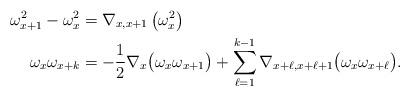
LaTeX: \begin{align*}\omega_{x+1}^2 - \omega_x^2 &= \nabla_{x,x+1} \left(\omega_x^2\right) \\\omega_x\omega_{x+k} & = -\frac{1}{2}\nabla_x\big(\omega_x\omega_{x+1} \big)+\sum_{\ell=1}^{k-1}\nabla_{x+\ell, x+\ell+1}\big(\omega_x\omega_{x+\ell}\big).\end{align*}